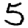
Digit: 5